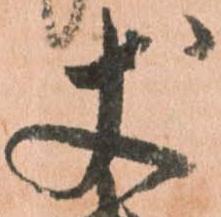
丈